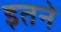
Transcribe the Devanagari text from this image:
इतने